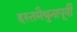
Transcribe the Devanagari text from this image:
हस्तमैथुनापूर्वी